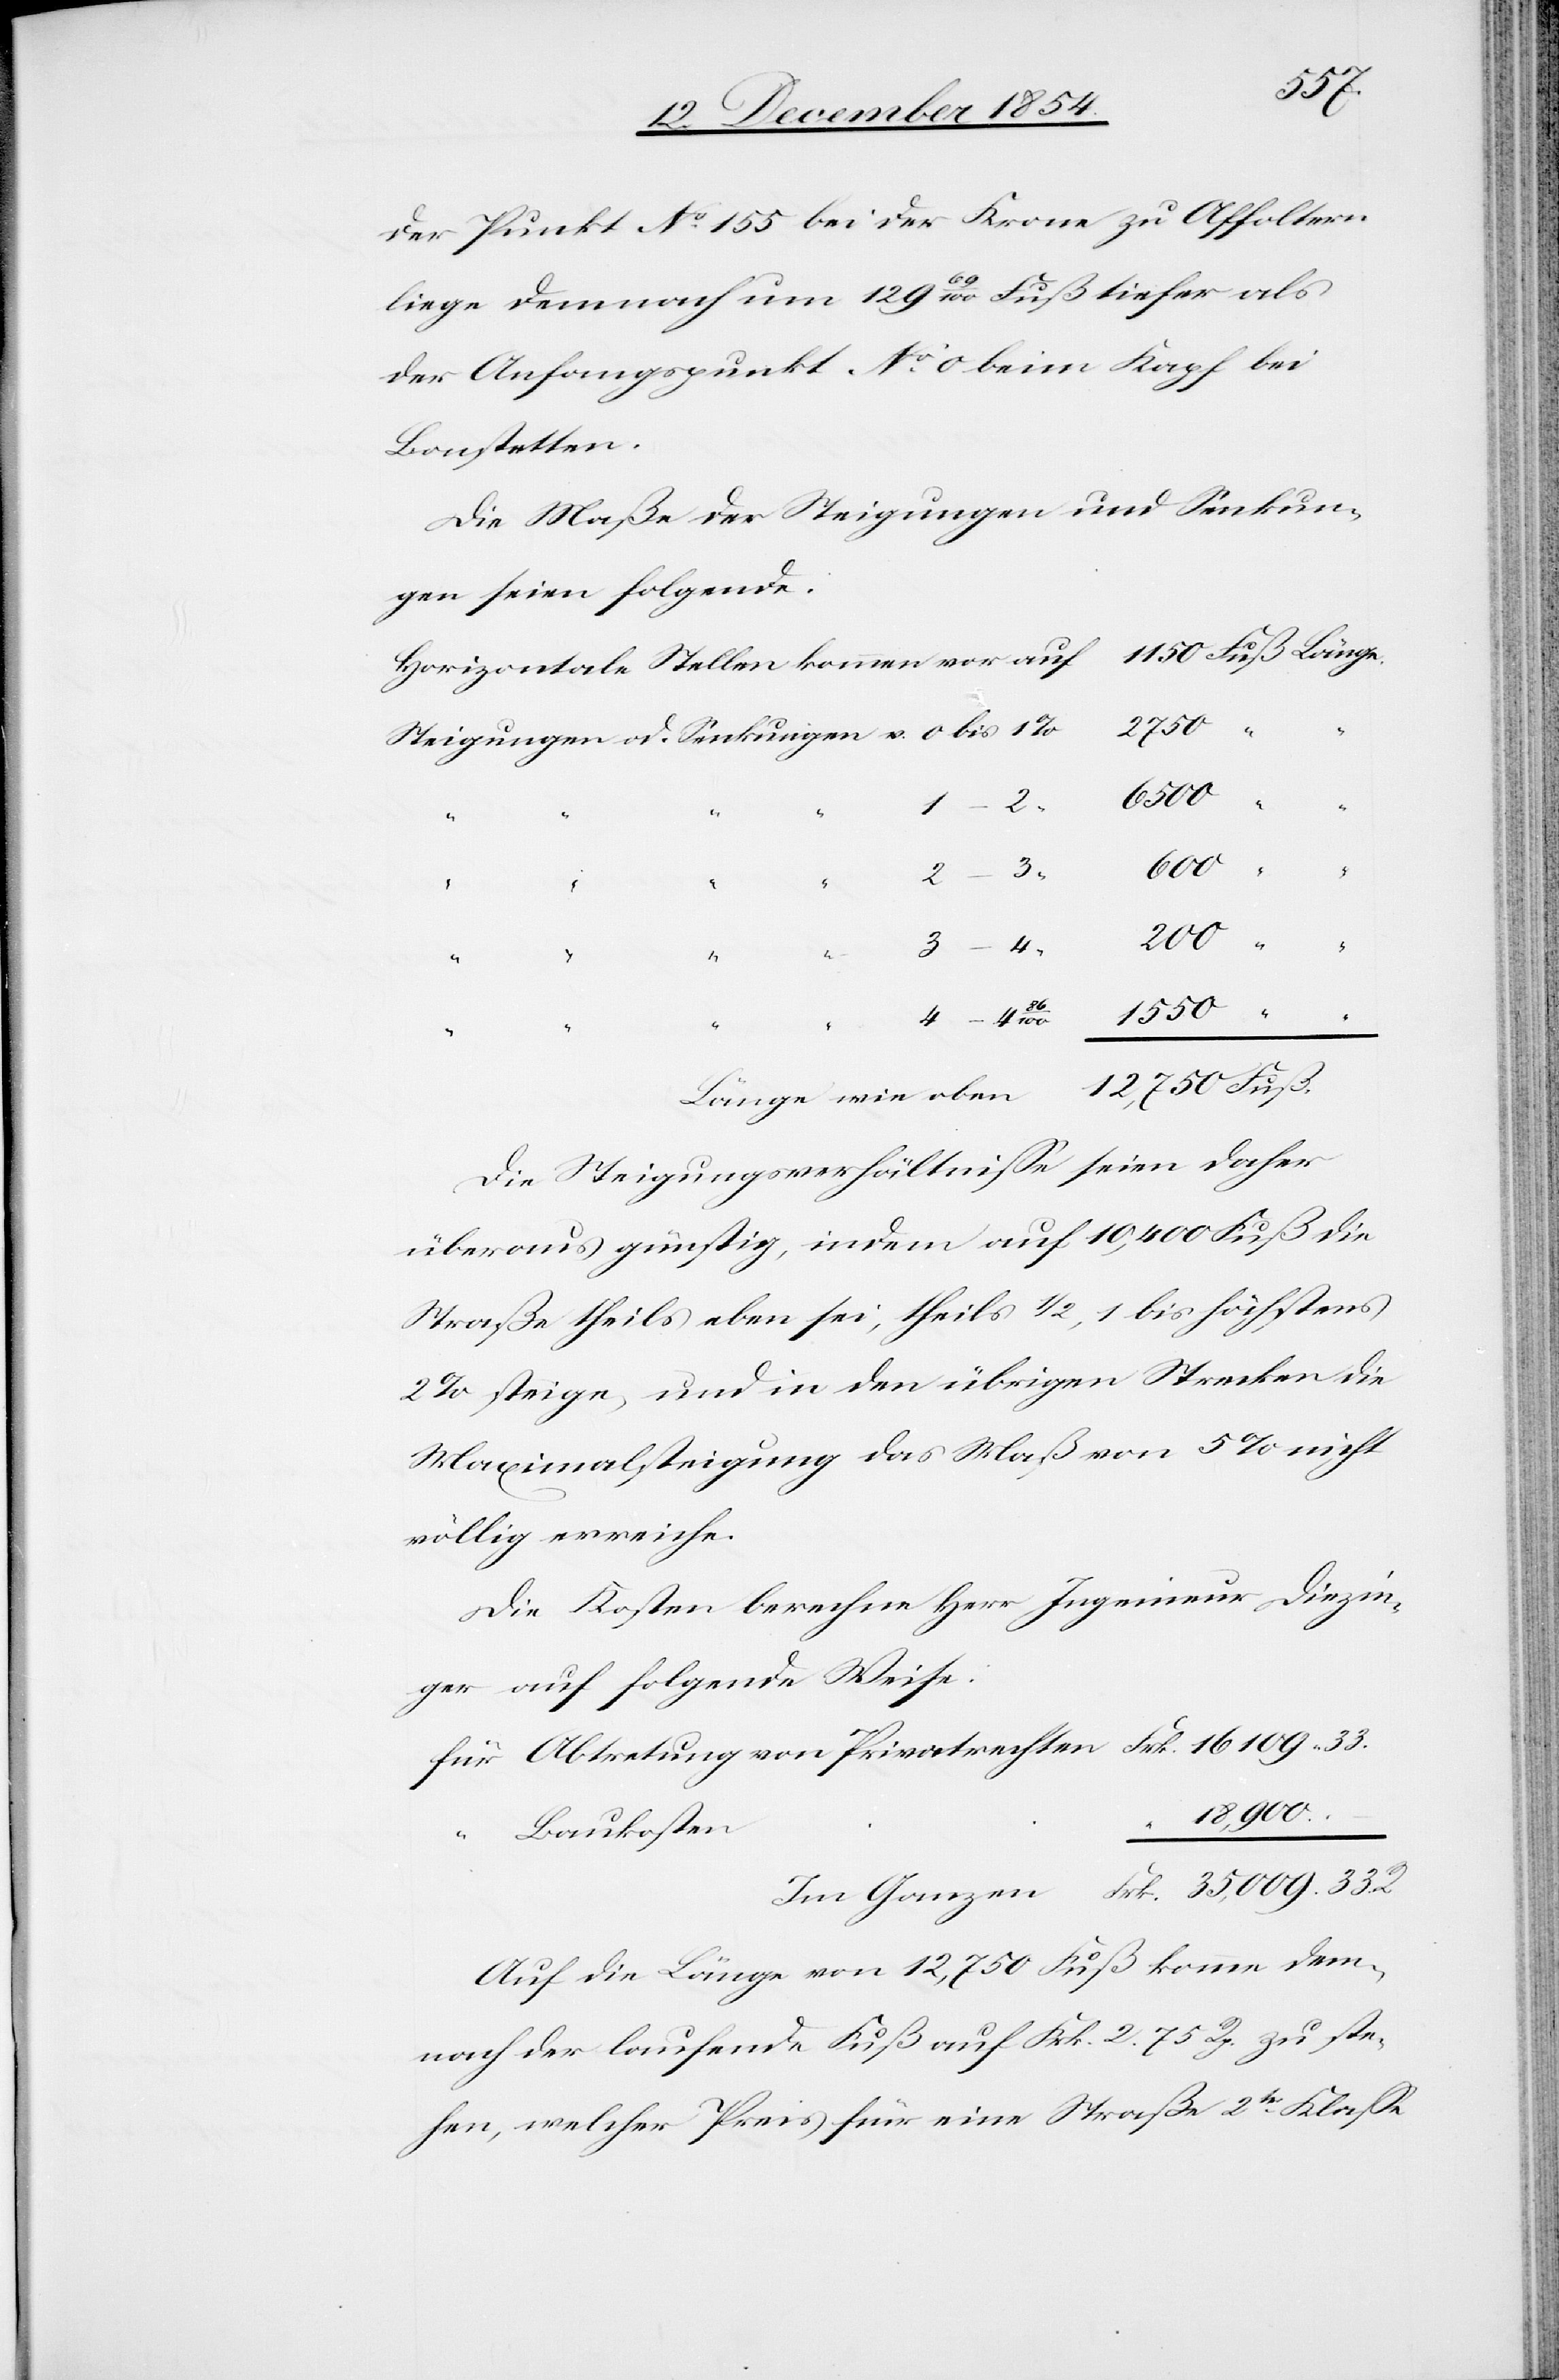
12,750
der Punkt No 155 bei der Krone zu Affoltern
liege demnach um 129 69/100 Fuß tiefer als
der Anfangspunkt No 0 beim Kapf bei
Bonstetten.
Die Maße der Steigungen und Senkun¬
gen seien folgende:
Horizontale Stellen kommen vor auf
109
35,009.
R.
0
Die Steigungsverhältniße seien daher
überaus günstig, indem auf 10,400 Fuß die
Straße theils eben sei, theils 1/2, 1 bis höchstens
2% steige, und in den übrigen Strecken die
Maximalsteigung das Maß von 5% nicht
völlig erreiche.
Die Kosten berechne Herr Ingenieur Diezin¬
ger auf folgende Weise:
18,900.
–
Baukosten
33.
Auf die Länge von 12,750 Fuß komme dem¬
nach der laufende Fuß auf Frk. 2. 75 Rp. zu ste¬
hen, welcher Preis für eine Straße 2tr Klaße